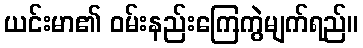
ယင်းမာ၏ ဝမ်းနည်းကြေကွဲမျက်ရည်။